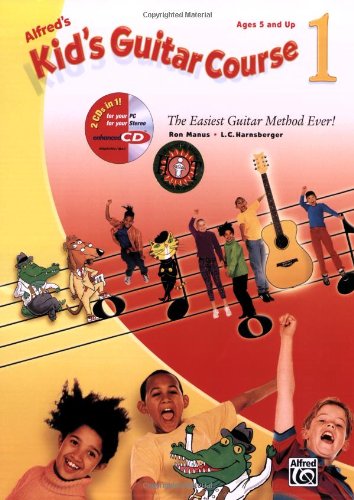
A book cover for Kid's Guitar Course, Book 1 (Book and Enhanced CD) (Kid's Courses!); R. Manus; Children's Books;